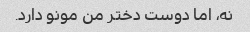
نه، اما دوست دختر من مونو دارد.